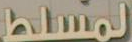
المسلط